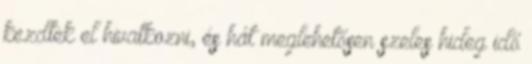
kezdtek el hivatkozni, és hát meglehetősen szeles hideg idő